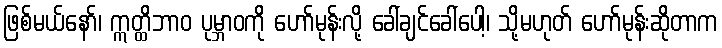
ဖြစ်မယ်နော်၊ ဣတ္ထိဘာဝ ပုမ္ဘာဝကို ဟော်မုန်းလို့ ခေါ်ချင်ခေါ်ပေါ့၊ သို့မဟုတ် ဟော်မုန်းဆိုတာက